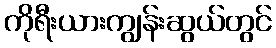
ကိုရီးယားကျွန်းဆွယ်တွင်